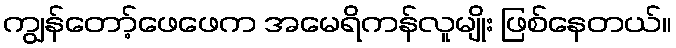
ကျွန်တော့်ဖေဖေက အမေရိကန်လူမျိုး ဖြစ်နေတယ်။